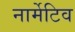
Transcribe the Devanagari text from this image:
नार्मेटिव